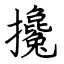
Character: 攙